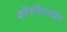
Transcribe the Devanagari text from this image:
कॉमफिल्कॉन